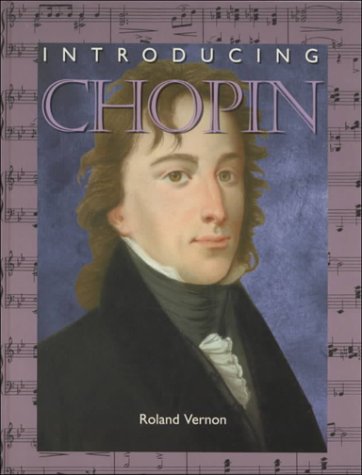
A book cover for Introducing Chopin (IC) (Introducing Composers); Roland Vernon; Teen & Young Adult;